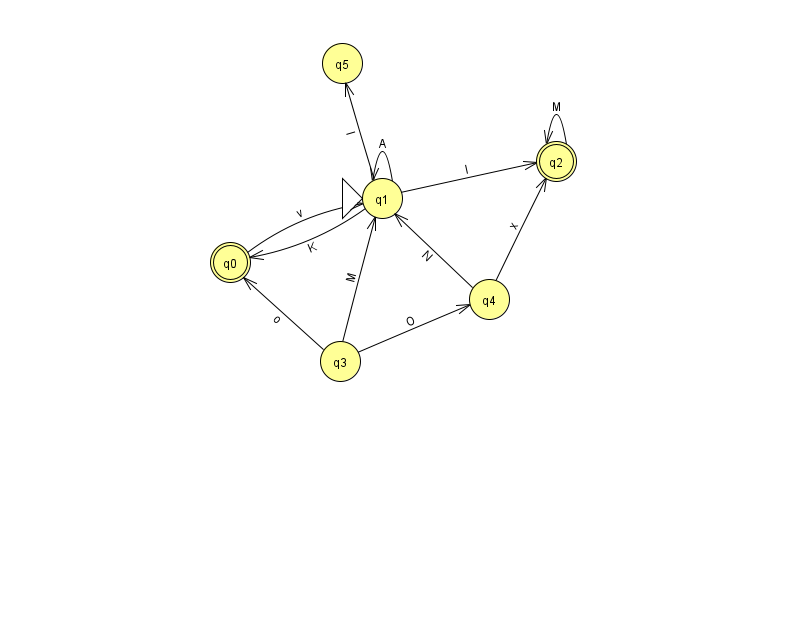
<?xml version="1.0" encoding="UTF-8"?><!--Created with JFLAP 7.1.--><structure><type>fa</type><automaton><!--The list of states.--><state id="0" name="q0"><x>230.0</x><y>249.0</y><final/></state><state id="1" name="q1"><x>382.0</x><y>185.0</y><initial/></state><state id="2" name="q2"><x>556.0</x><y>148.0</y><final/></state><state id="3" name="q3"><x>340.0</x><y>348.0</y></state><state id="4" name="q4"><x>489.0</x><y>286.0</y></state><state id="5" name="q5"><x>342.0</x><y>50.0</y></state><!--The list of transitions.--><transition><from>1</from><to>1</to><read>A</read></transition><transition><from>3</from><to>1</to><read>M</read></transition><transition><from>3</from><to>0</to><read>o</read></transition><transition><from>3</from><to>4</to><read>O</read></transition><transition><from>0</from><to>1</to><read>v</read></transition><transition><from>1</from><to>0</to><read>K</read></transition><transition><from>1</from><to>5</to><read>I</read></transition><transition><from>4</from><to>1</to><read>N</read></transition><transition><from>1</from><to>2</to><read>l</read></transition><transition><from>2</from><to>2</to><read>M</read></transition><transition><from>4</from><to>2</to><read>x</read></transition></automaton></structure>